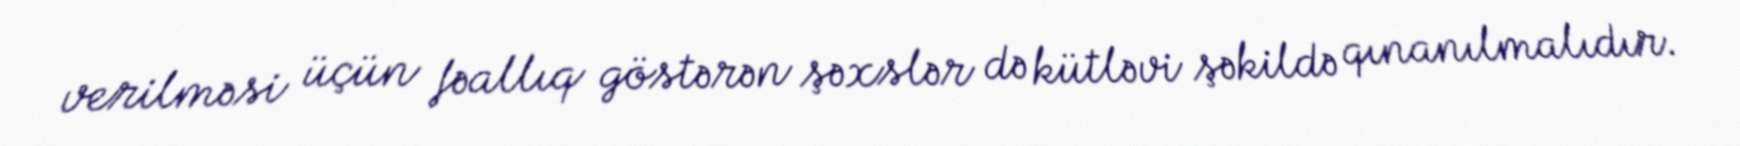
verilməsi üçün fəallıq göstərən şəxslər də kütləvi şəkildə qınanılmalıdır.